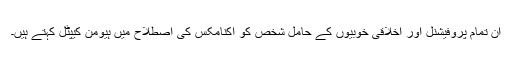
ان تمام پروفیشنل اور اخلاقی خوبیوں کے حامل شخص کو اکنامکس کی اصطلاح میں ہیومن کیپٹل کہتے ہیں۔